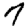
Digit: 7